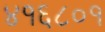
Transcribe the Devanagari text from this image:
४१६८०१